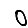
Digit: 0